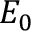
E _ { 0 }